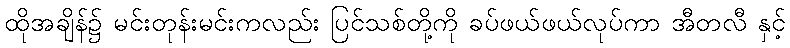
ထိုအချိန်၌ မင်းတုန်းမင်းကလည်း ပြင်သစ်တို့ကို ခပ်ဖယ်ဖယ်လုပ်ကာ အီတလီ နှင့်